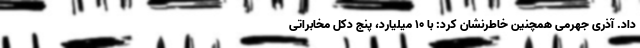
داد. آذری جهرمی همچنین خاطرنشان کرد: با ۱۰ میلیارد، پنج دکل مخابراتی